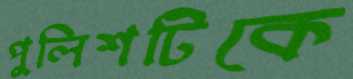
পুলিশটিকে